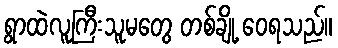
ရွာထဲလူကြီးသူမတွေ တစ်ချို့ ဝေရသည်။